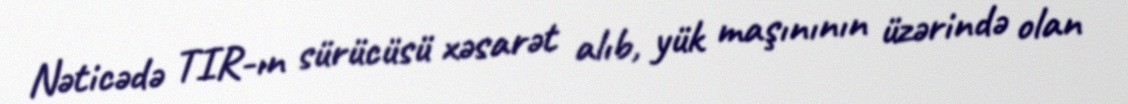
Nəticədə TIR-ın sürücüsü xəsarət alıb, yük maşınının üzərində olan